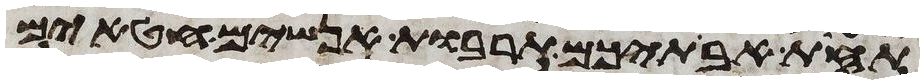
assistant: תחת אבתיכם תרבות אנשים חטאים